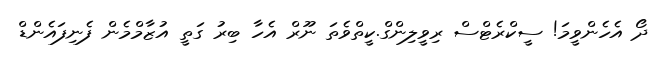
ދޯ އެހެންވީމަ! ސީކްރެޓްސް ރިވީލިންގް.ކީތްވެތަ ނޫރް އެހާ ބިރު ގަތީ އުޒާމްމެން ފެނިފައެންޑް